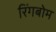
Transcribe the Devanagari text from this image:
रिंगबोम